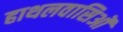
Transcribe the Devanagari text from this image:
हाथलवासिओं